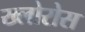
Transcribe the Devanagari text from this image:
ख्लोरोस